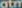
atm